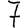
Digit: 7